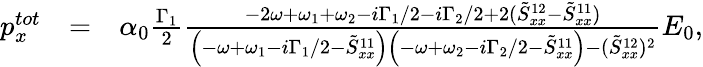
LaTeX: \begin{array}{rlr}{p_{x}^{tot}}&{=}&{\alpha_{0}\frac{\Gamma_{1}}{2}\frac{-2\omega+\omega_{1}+\omega_{2}-i\Gamma_{1}/2-i\Gamma_{2}/2+2(\tilde{S}_{xx}^{12}-\tilde{S}_{xx}^{11})}{\left(-\omega+\omega_{1}-i\Gamma_{1}/2-\tilde{S}_{xx}^{11}\right)\left(-\omega+\omega_{2}-i\Gamma_{2}/2-\tilde{S}_{xx}^{11}\right)-(\tilde{S}_{xx}^{12})^{2}}E_{0},}\end{array}